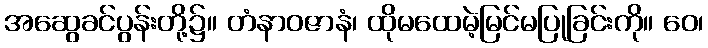
အဆွေခင်ပွန်းတို့၌။ တံနာဝဇာနံ၊ ထိုမထေမဲ့မြင်မပြုခြင်းကို။ ဝေ၊